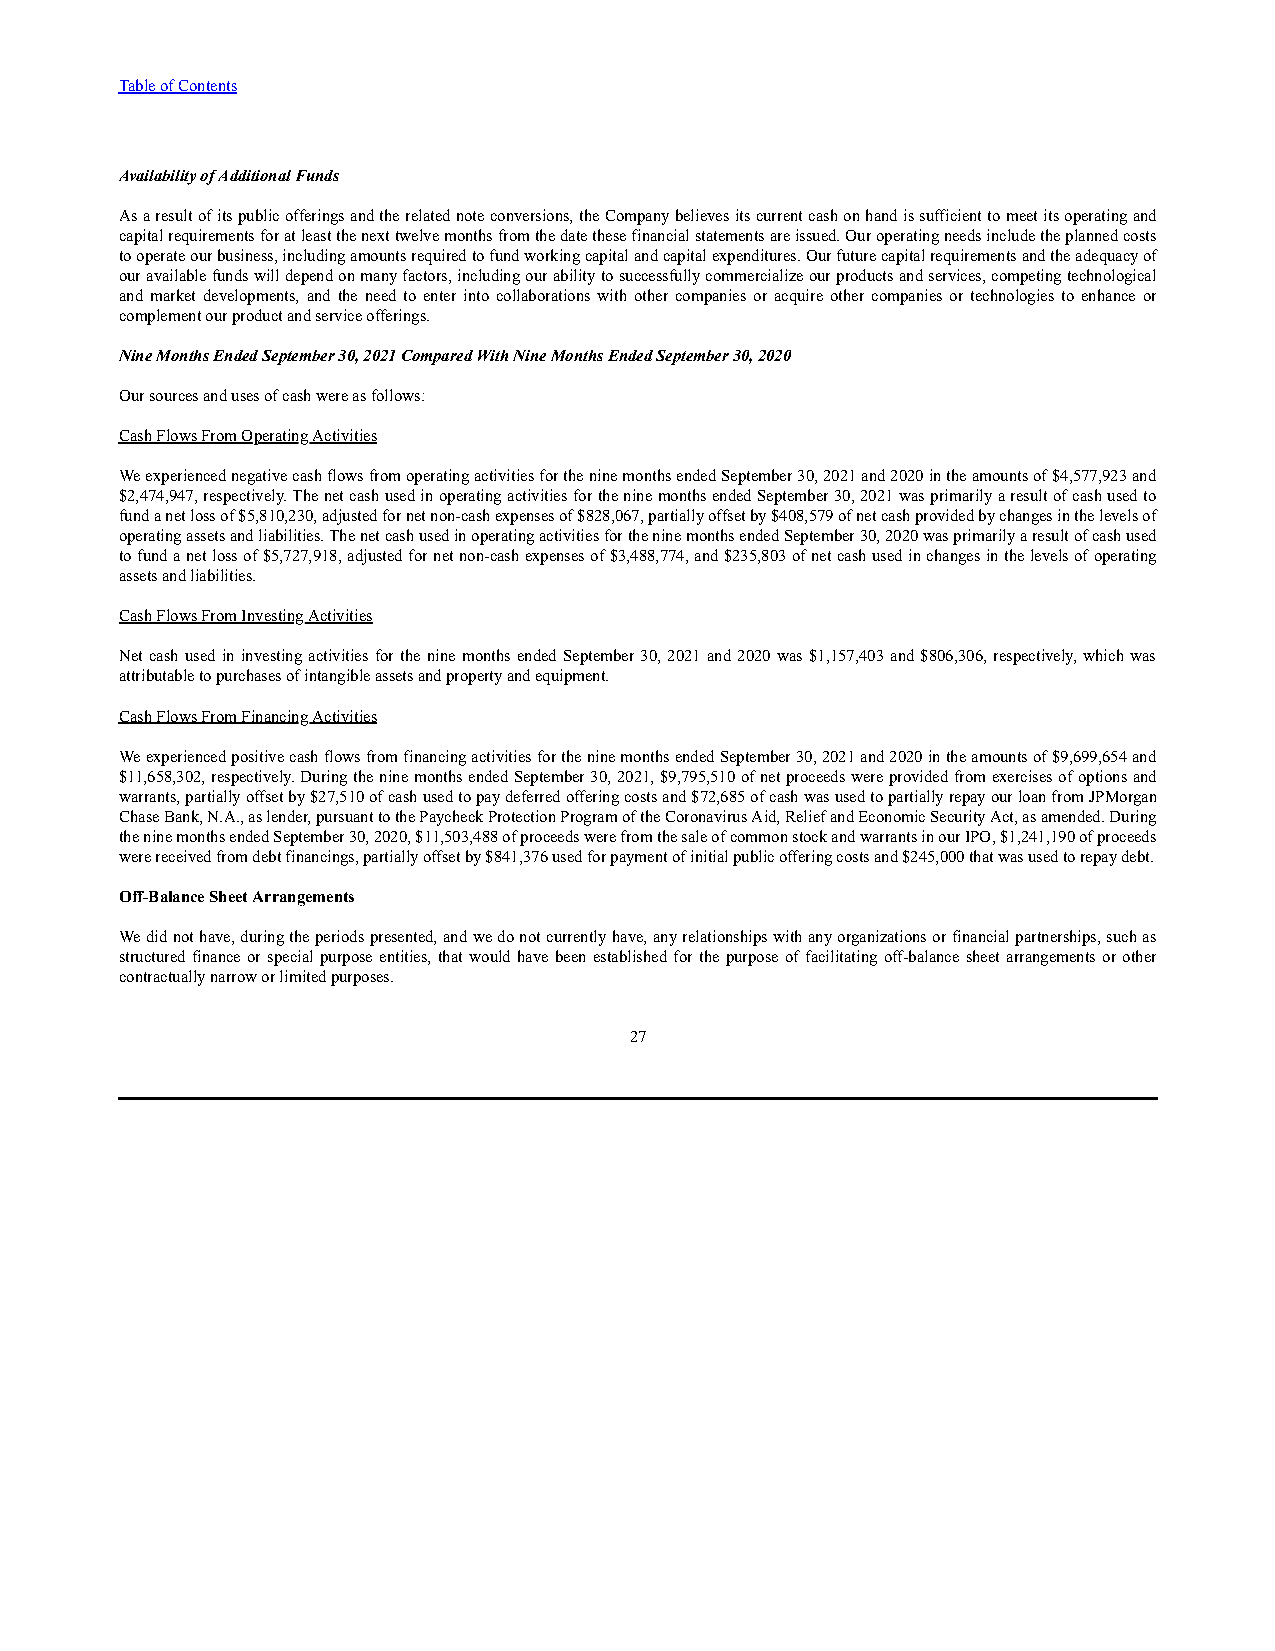
Table of Contents
 Availability of Additional Funds
 As a result of its public offerings and the related note conversions, the Company believes its current cash on hand is sufficient to meet its operating and
 capital requirements for at least the next twelve months from the date these financial statements are issued. Our operating needs include the planned costs
 to operate our business, including amounts required to fund working capital and capital expenditures. Our future capital requirements and the adequacy of
 our available funds will depend on many factors, including our ability to successfully commercialize our products and services, competing technological
 and market developments, and the need to enter into collaborations with other companies or acquire other companies or technologies to enhance or
 complement our product and service offerings.
 Nine Months Ended September 30, 2021 Compared With Nine Months Ended September 30, 2020
 Our sources and uses of cash were as follows:
 Cash Flows From Operating Activities
 We experienced negative cash flows from operating activities for the nine months ended September 30, 2021 and 2020 in the amounts of $4,577,923 and
 $2,474,947, respectively. The net cash used in operating activities for the nine months ended September 30, 2021 was primarily a result of cash used to
 fund a net loss of $5,810,230, adjusted for net non-cash expenses of $828,067, partially offset by $408,579 of net cash provided by changes in the levels of
 operating assets and liabilities. The net cash used in operating activities for the nine months ended September 30, 2020 was primarily a result of cash used
 to fund a net loss of $5,727,918, adjusted for net non-cash expenses of $3,488,774, and $235,803 of net cash used in changes in the levels of operating
 assets and liabilities.
 Cash Flows From Investing Activities
 Net cash used in investing activities for the nine months ended September 30, 2021 and 2020 was $1,157,403 and $806,306, respectively, which was
 attributable to purchases of intangible assets and property and equipment.
 Cash Flows From Financing Activities
 We experienced positive cash flows from financing activities for the nine months ended September 30, 2021 and 2020 in the amounts of $9,699,654 and
 $11,658,302, respectively. During the nine months ended September 30, 2021, $9,795,510 of net proceeds were provided from exercises of options and
 warrants, partially offset by $27,510 of cash used to pay deferred offering costs and $72,685 of cash was used to partially repay our loan from JPMorgan
 Chase Bank, N.A., as lender, pursuant to the Paycheck Protection Program of the Coronavirus Aid, Relief and Economic Security Act, as amended. During
 the nine months ended September 30, 2020, $11,503,488 of proceeds were from the sale of common stock and warrants in our IPO, $1,241,190 of proceeds
 were received from debt financings, partially offset by $841,376 used for payment of initial public offering costs and $245,000 that was used to repay debt.
 Off-Balance Sheet Arrangements
 We did not have, during the periods presented, and we do not currently have, any relationships with any organizations or financial partnerships, such as
 structured finance or special purpose entities, that would have been established for the purpose of facilitating off-balance sheet arrangements or other
 contractually narrow or limited purposes.
 27